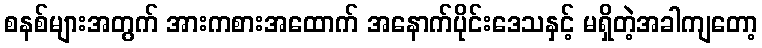
စနစ်များအတွက် အားကစားအထောက် အနောက်ပိုင်းဒေသနှင့် မရှိတဲ့အခါကျတော့